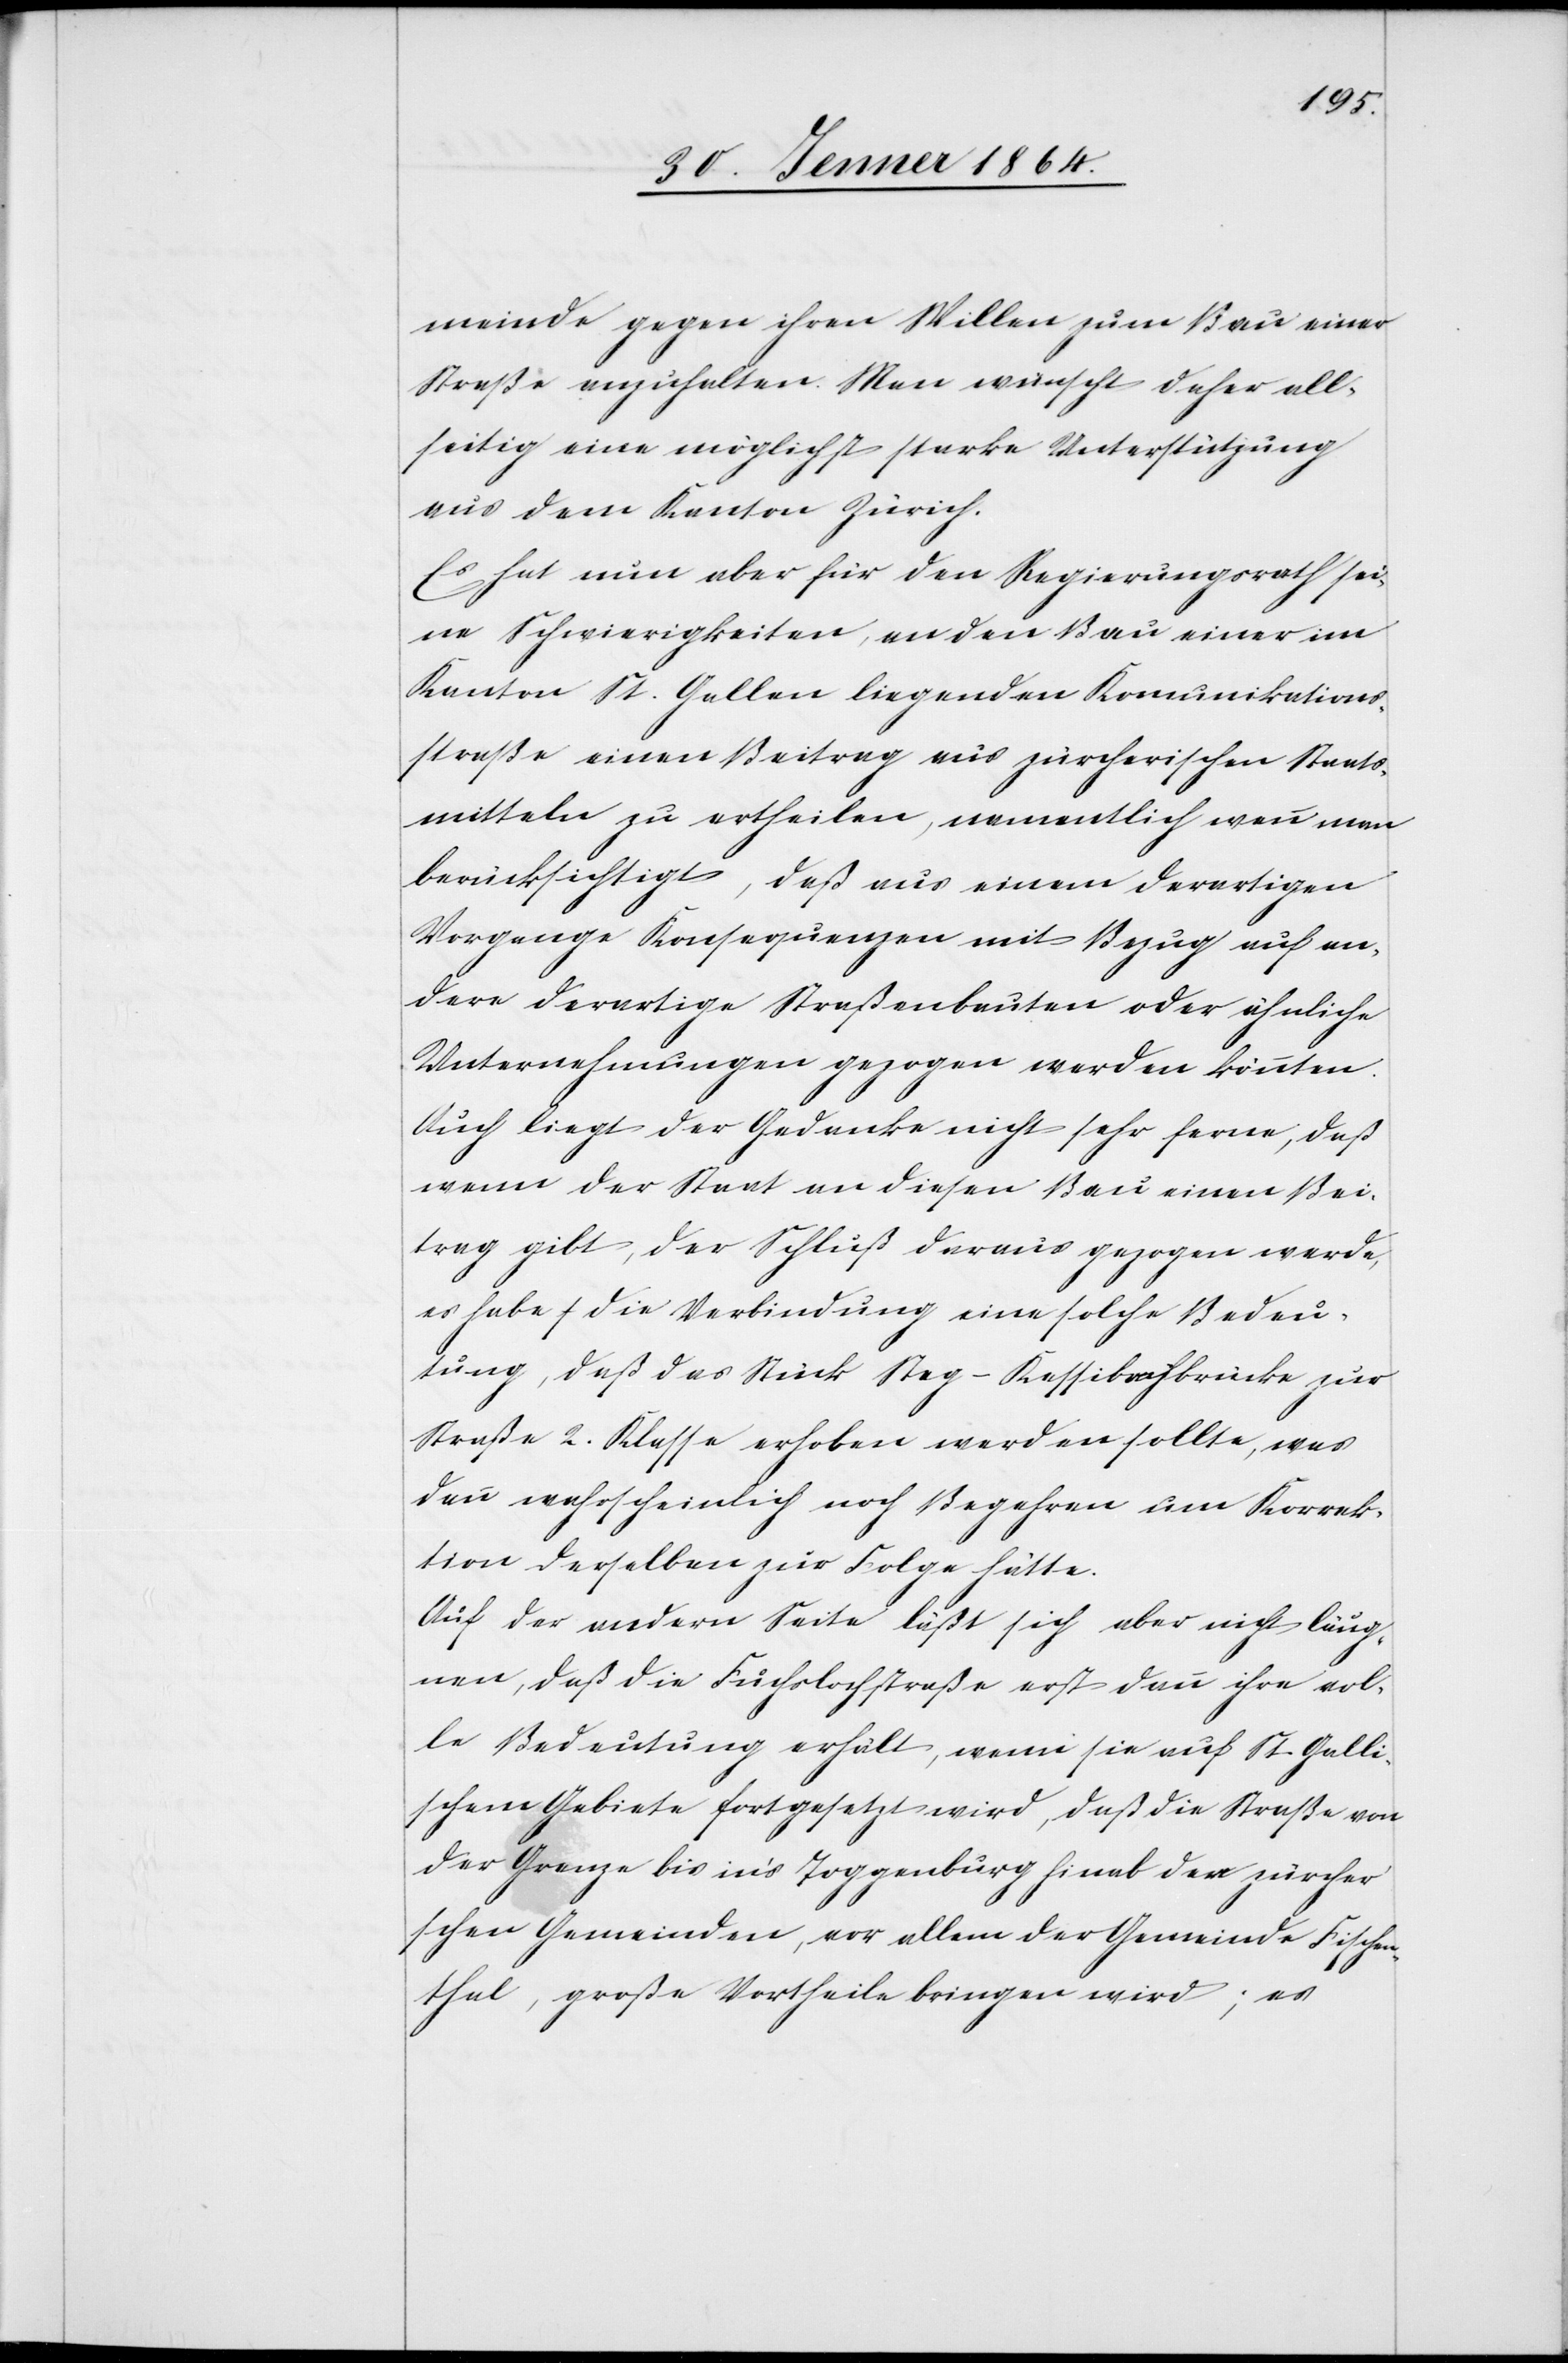
meinde gegen ihren Willen zum Bau einer
Straße anzuhalten. Man wünscht daher all¬
seitig eine möglichst starke Unterstützung
aus dem Kanton Zürich.
Es hat nun aber für den Regierungsrath sei¬
ne Schwierigkeiten, an den Bau einer im
Kanton St. Gallen liegenden Komunikations¬
straße einen Beitrag aus zürcherischen Staats¬
mitteln zu ertheilen, namentlich wenn man
berücksichtigt, daß aus einem derartigen
Vorgange Konsequenzen mit Bezug auf an¬
dere derartige Straßenbauten oder ähnliche
Unternehmungen gezogen werden könnten.
Auch liegt der Gedanke nicht sehr ferne, daß
wenn der Staat an diesen Bau einen Bei¬
trag gibt, der Schluß daraus gezogen werde,
es habe die Verbindung eine solche Bedeu¬
tung, daß das Stück Steg–Kessibachbrücke zur
Straße 2. Klasse erhoben werden sollte, was
denn wahrscheinlich noch Begehren um Korrek¬
tion derselben zur Folge hätte.
Auf der andern Seite läßt sich aber nicht leug¬
nen, daß die Fuchslochstraße erst dann ihre vol¬
le Bedeutung erhält, wenn sie auf St. Galli¬
schem Gebiete fortgesetzt wird, daß die Straße von
der Grenze bis in’s Toggenburg hinab den zürcher¬
ischen Gemeinden, vor allem der Gemeinde Fischen¬
thal, große Vortheile bringen wird, es